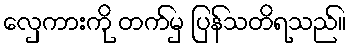
လှေကားကို တက်မှ ပြန်သတိရသည်။